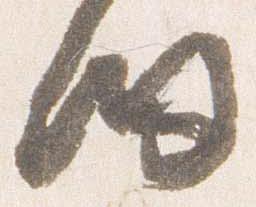
細